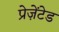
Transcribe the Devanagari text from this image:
प्रेज़ेंटेड